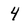
Character: 4